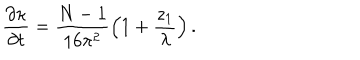
LaTeX: \frac { \partial \kappa } { \partial t } = \frac { N - 1 } { 1 6 \pi ^ { 2 } } \left( 1 + \frac { z _ { 1 } } { \lambda } \right) .